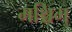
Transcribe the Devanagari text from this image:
मश्चिम